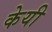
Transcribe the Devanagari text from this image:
केयी